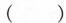
()